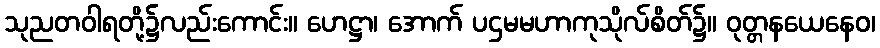
သုညတဝါရတို့၌လည်းကောင်း။ ဟေဋ္ဌာ၊ အောက် ပဌမမဟာကုသိုလ်စိတ်၌။ ဝုတ္တနယေနေဝ၊